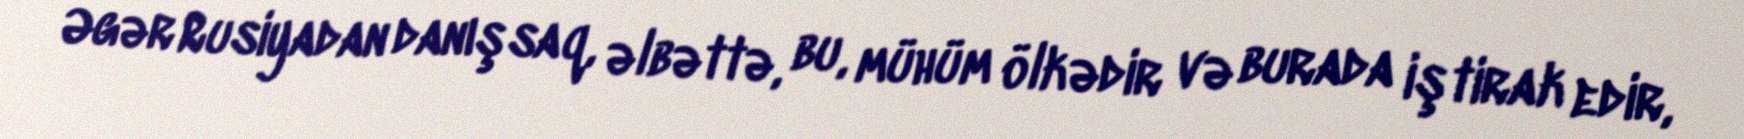
Əgər Rusiyadan danışsaq, əlbəttə, bu, mühüm ölkədir və burada iştirak edir,